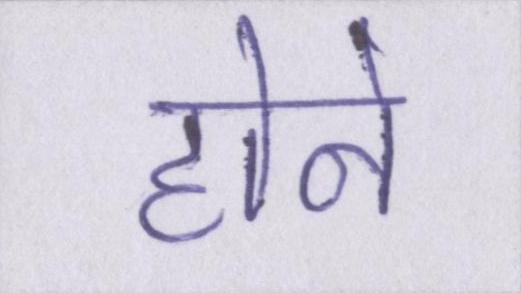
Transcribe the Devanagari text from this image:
होने